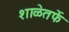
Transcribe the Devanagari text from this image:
शाळेतर्फे